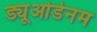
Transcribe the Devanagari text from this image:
ड्यूओडेनम